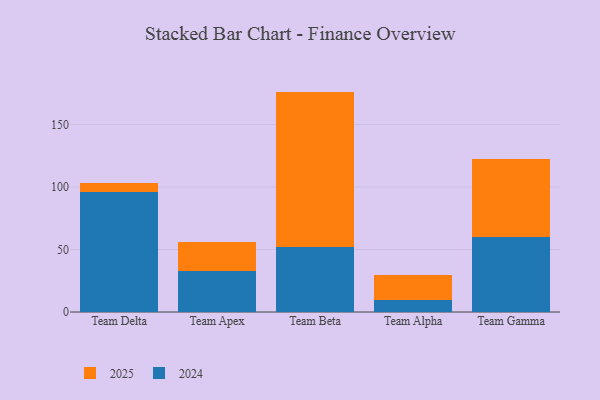
{"axis": {"x": "Team", "y": "Market Share (%)"}, "legend": ["2024", "2025"], "data": [{"x": "Team Delta", "y": 7.0, "type": "2025"}, {"x": "Team Delta", "y": 96.1, "type": "2024"}, {"x": "Team Apex", "y": 22.9, "type": "2025"}, {"x": "Team Apex", "y": 33.2, "type": "2024"}, {"x": "Team Beta", "y": 124.4, "type": "2025"}, {"x": "Team Beta", "y": 51.9, "type": "2024"}, {"x": "Team Alpha", "y": 19.7, "type": "2025"}, {"x": "Team Alpha", "y": 9.8, "type": "2024"}, {"x": "Team Gamma", "y": 62.3, "type": "2025"}, {"x": "Team Gamma", "y": 60.2, "type": "2024"}]}